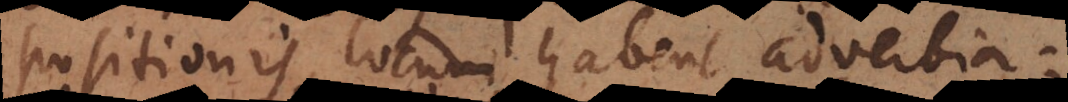
propositionis, locum habent adverbia: